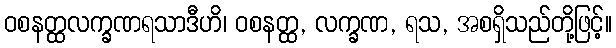
ဝစနတ္ထလက္ခဏရသာဒီဟိ၊ ဝစနတ္ထ, လက္ခဏ, ရသ, အစရှိသည်တို့ဖြင့်။